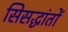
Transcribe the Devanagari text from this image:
सिसद्धांतों